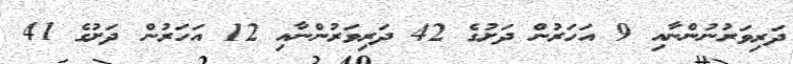
ދަރިވަރުނުންނާއި 9 އަހަރުން ދަށުގެ 42 ދަރިވަރުންނާއި 12 އަހަރުން ދަށުގެ 41